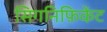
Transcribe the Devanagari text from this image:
सिगनिफ़िकेंट